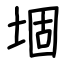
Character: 堌